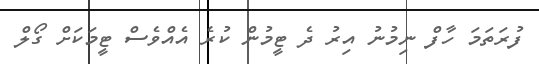
ފުރަތަމަ ހާފް ނިމުނު އިރު ދެ ޓީމުން ކުރެ އެއްވެސް ޓީމަކަށް ގޯލް